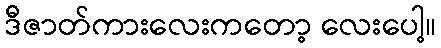
ဒီဇာတ်ကားလေးကတော့ လေးပေါ့။